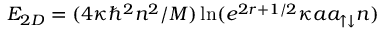
E _ { 2 D } = ( 4 \kappa \hbar ^ { 2 } n ^ { 2 } / M ) \ln ( e ^ { 2 r + 1 / 2 } \kappa a a _ { \uparrow \downarrow } n )